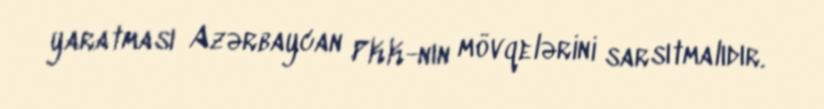
yaratması Azərbaycan PKK-nın mövqelərini sarsıtmalıdır.